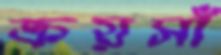
ক্রয়সাঁ